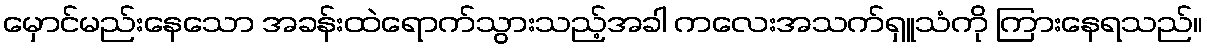
မှောင်မည်းနေသော အခန်းထဲရောက်သွားသည့်အခါ ကလေးအသက်ရှူသံကို ကြားနေရသည်။